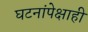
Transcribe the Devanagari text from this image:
घटनांपेक्षाही